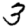
Digit: 3